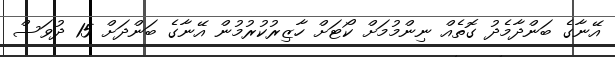
އޭނާގެ ބަންދާމެދު ގޮތެއް ނިންމުމަށް ކޯޓަށް ހާޒިރުކުރުމުން އޭނާގެ ބަންދަށް 15 ދުވަސް